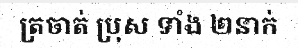
ត្រចាត់ ប្រុស ទាំង ២នាក់